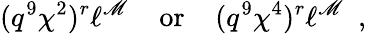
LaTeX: (q^{9}\chi^{2})^{r}\ell^{\mathscr{M}}\, \, \, \, \, \mathrm{{~or~}}\, \, \, \, \, (q^{9}\chi^{4})^{r}\ell^{\mathscr{M}}\, \, \, ,